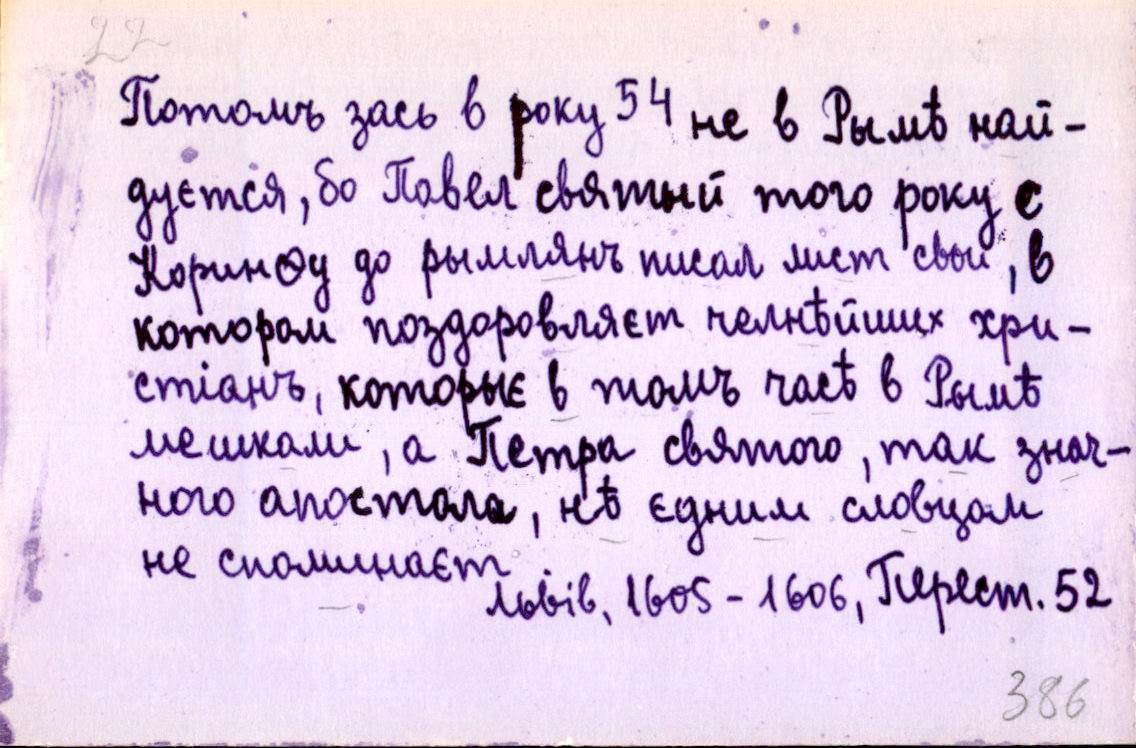
Потомъ зась в року 54 не в Рымѣ най-
дуєтся, бо Павел святый того року с
Коринѳу до рымлянъ писал лист свои, в
котором поздоровляєт челнѣйших хри-
стіанъ, которыє в томъ часѣ в Рымѣ
мешкали, а Петра святого, так знач-
ного апостола, нѣ єдним словцом
не споминаєт.
Львів, 1605-1606, Перест. 52